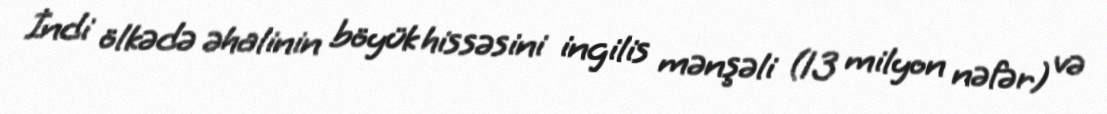
İndi ölkədə əhalinin böyük hissəsini ingilis mənşəli (13 milyon nəfər) və